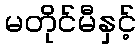
မတိုင်မီနှင့်